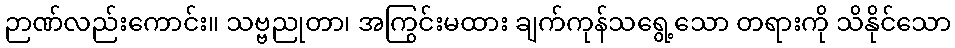
ဉာဏ်လည်းကောင်း။ သဗ္ဗညုတာ၊ အကြွင်းမထား ချက်ကုန်သရွေ့သော တရားကို သိနိုင်သော